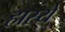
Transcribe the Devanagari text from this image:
हास्ये